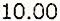
10.00